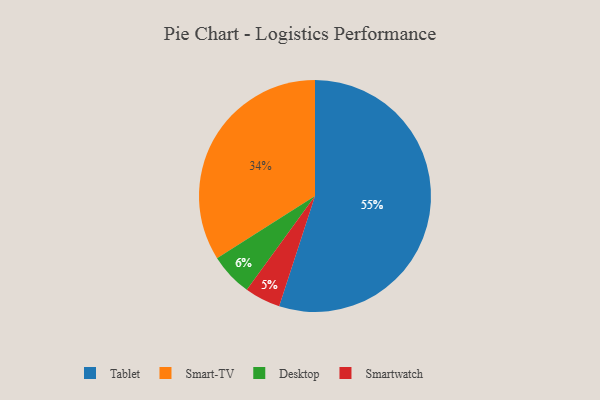
{"axis": {"x": "Category", "y": "Percentage"}, "legend": ["Desktop", "Smart-TV", "Smartwatch", "Tablet"], "data": [{"x": "Smart-TV", "y": 34, "type": "Smart-TV"}, {"x": "Tablet", "y": 55, "type": "Tablet"}, {"x": "Desktop", "y": 6, "type": "Desktop"}, {"x": "Smartwatch", "y": 5, "type": "Smartwatch"}]}